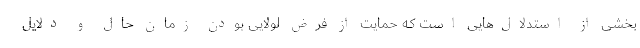
بخشی از استدلال‌هایی است که حمایت از فرض لولایی بودن زمان حال و دلایل